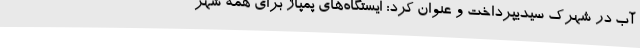
آب در شهرک سیدیپرداخت و عنوان کرد: ایستگاه‌های پمپاژ برای همه شهر